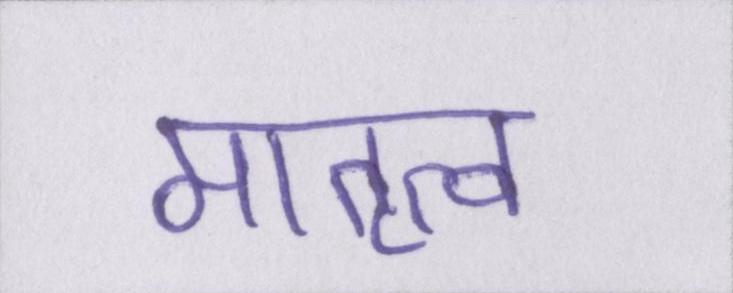
मातृत्व